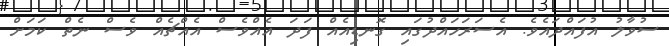
ސުވާލު އުފައްދައެވެ. އެސަރަހައްދުގައި ގޮނޑިއެއް ފަދަ އެއްވެސް އެއްޗެއް ވެސް ނެތް ކަމަށް